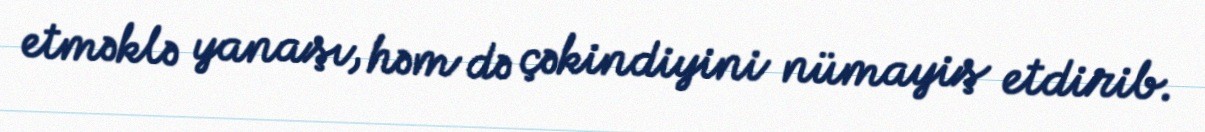
etməklə yanaşı, həm də çəkindiyini nümayiş etdirib.